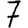
Digit: 7